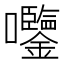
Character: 𫭀